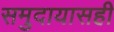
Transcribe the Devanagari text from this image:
समुदायासही